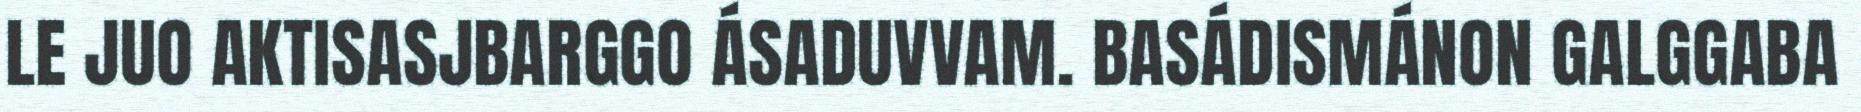
LE JUO AKTISASJBARGGO ÁSADUVVAM. BASÁDISMÁNON GALGGABA